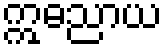
ဣဓညာယ